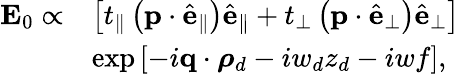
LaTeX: \begin{array}{rl}{\mathbf{E}_{0}\propto}&{\left[t_{\parallel}\left(\mathbf{p}\cdot\hat{\mathbf{e}}_{\parallel}\right)\hat{\mathbf{e}}_{\parallel}+t_{\perp}\left(\mathbf{p}\cdot\hat{\mathbf{e}}_{\perp}\right)\hat{\mathbf{e}}_{\perp}\right]}\\ &{\exp\left[-i\mathbf{q}\cdot\boldsymbol{\rho}_{d}-iw_{d}z_{d}-iwf\right],}\end{array}